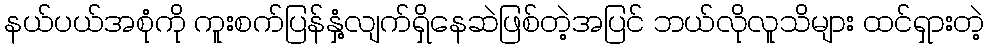
နယ်ပယ်အစုံကို ကူးစက်ပြန်နှံ့လျက်ရှိနေဆဲဖြစ်တဲ့အပြင် ဘယ်လိုလူသိများ ထင်ရှားတဲ့